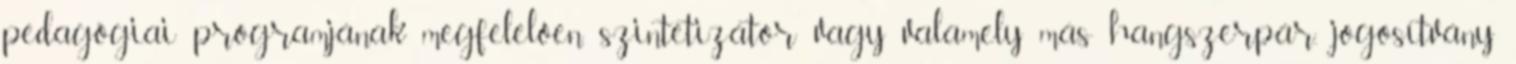
pedagógiai programjának megfelelően. szintetizátor vagy valamely más hangszerpár, jogosítvány